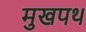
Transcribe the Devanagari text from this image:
मुखपथ